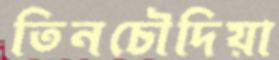
তিনচৌদিয়া